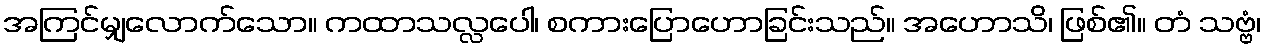
အကြင်မျှလောက်သော။ ကထာသလ္လပေါ၊ စကားပြောဟောခြင်းသည်။ အဟောသိ၊ ဖြစ်၏။ တံ သဗ္ဗံ၊